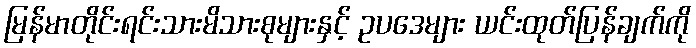
မြန်မာတိုင်းရင်းသားမိသားစုများနှင့် ဥပဒေများ ယင်းထုတ်ပြန်ချက်ကို